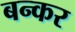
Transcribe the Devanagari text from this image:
बन्कर